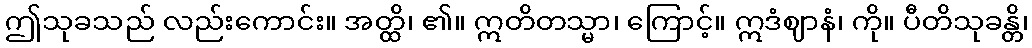
ဤသုခသည် လည်းကောင်း။ အတ္ထိ၊ ၏။ ဣတိတသ္မာ၊ ကြောင့်။ ဣဒံဈာနံ၊ ကို။ ပီတိသုခန္တိ၊